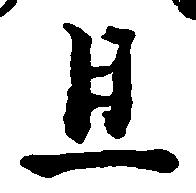
且